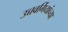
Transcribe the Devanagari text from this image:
उच्चवर्गियांच्या